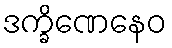
ဒက္ခိဏေနေဝ